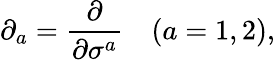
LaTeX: \partial_{a}={\frac{\partial}{\partial\sigma^{a}}}\quad(a=1,2),